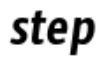
step